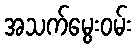
အသက်မွေးဝမ်း